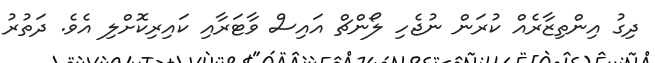
ދިގު އިންތިޒާރެއް ކުރަން ނުޖެހި ލޯންޗް އައިސް ވާޓަރާއި ކައިރިކޮށްލި އެވެ. ދަތުރު